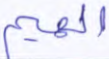
الهيم